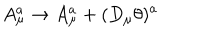
A _ { \mu } ^ { a } \to A _ { \mu } ^ { a } + ( D _ { \mu } \theta ) ^ { a }